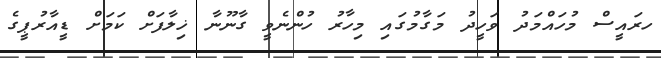
ހރައީސް މުހައްމަދު ވަހީދު މަގާމުގައި މިހާރު ހުންނެވީ ގާނޫނާ ޚިލާފަށް ކަމަށް ޑީއާރުޕީގެ